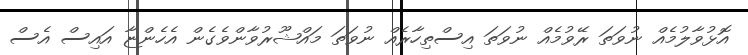
އޮޅުވާލުމެއް ނުވަތަ ރޭވުމެއް ނުވަތަ އިސްތިހާރެއް ނުވަތަ މައްޝޫރުވާންވެގެން އެހެންޏާ އައިސް އެސް